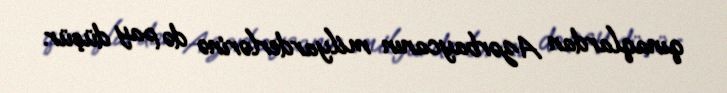
qınaqlardan Azərbaycanın milyarderlərinə də pay düşür.